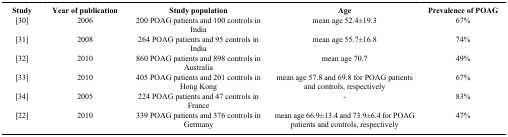
| Study | Year of publication | Study population | Age | Prevalence of POAG |
 | --- | --- | --- | --- | --- |
 | [30] | 2006 | 200 POAG patients and 100 controls in India | mean age 52.4±19.3 | 67% |
 | [31] | 2008 | 264 POAG patients and 95 controls in India | mean age 55.7±16.8 | 74% |
 | [32] | 2010 | 860 POAG patients and 898 controls in Australia | mean age 70.7 | 49% |
 | [33] | 2010 | 405 POAG patients and 201 controls in Hong Kong | mean age 57.8 and 69.8 for POAG patients and controls, respectively | 67% |
 | [34] | 2005 | 224 POAG patients and 47 controls in France | - | 83% |
 | [22] | 2010 | 339 POAG patients and 376 controls in Germany | mean age 66.9±13.4 and 73.9±6.4 for POAG patients and controls, respectively | 47% |